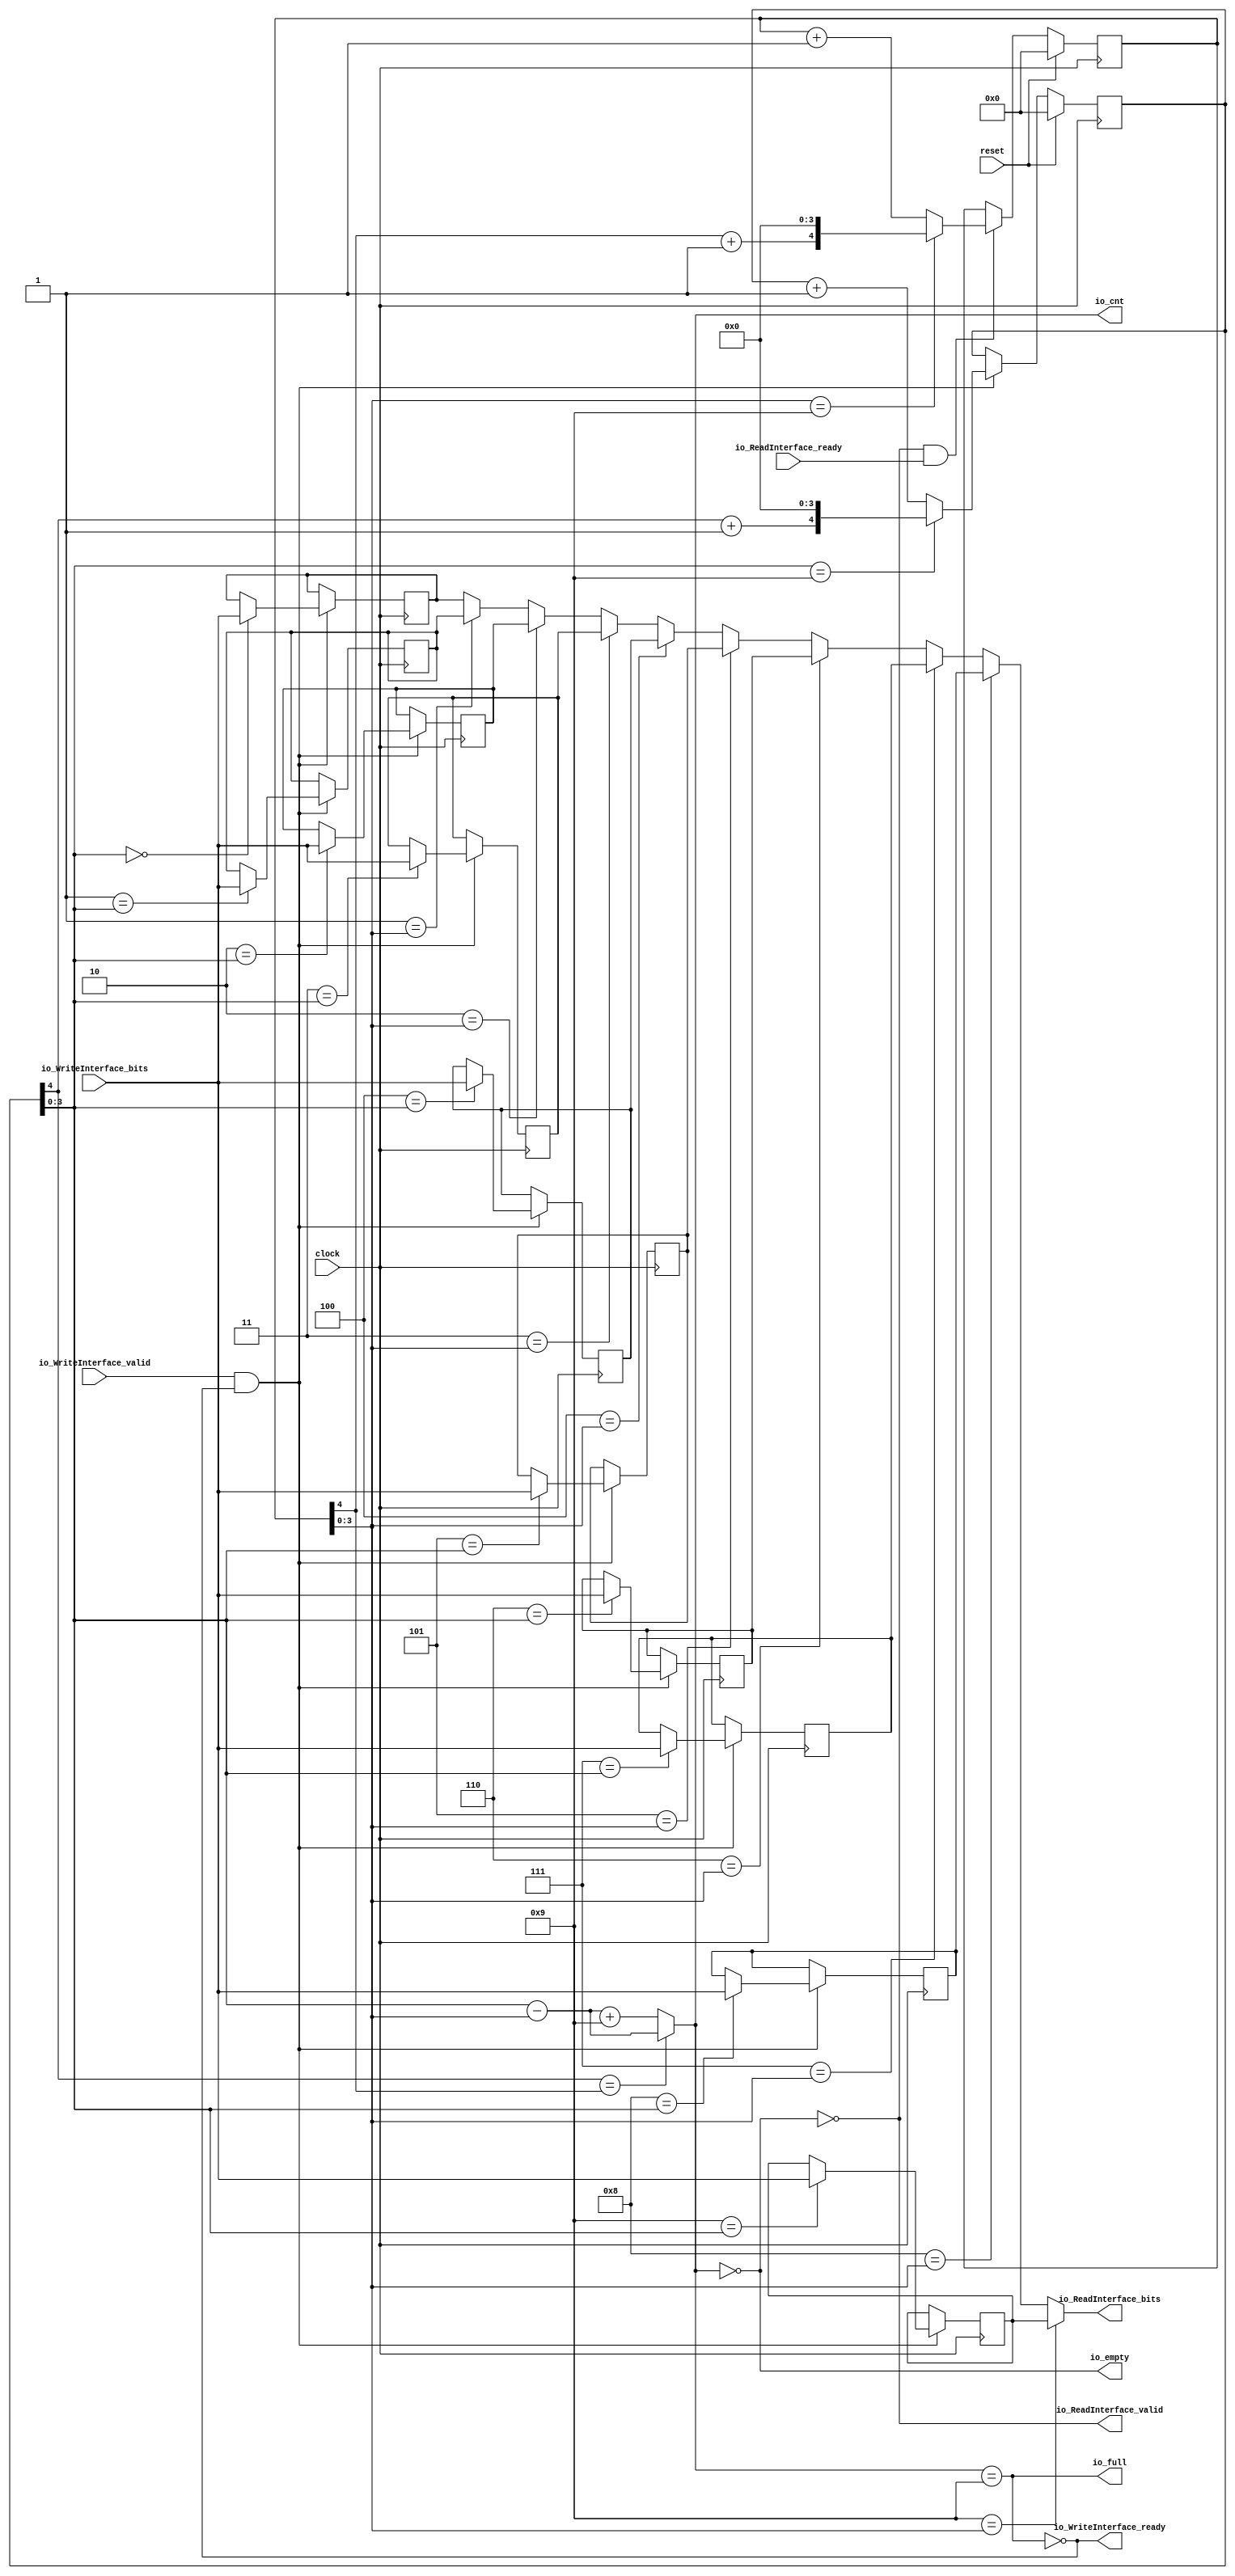
module syncFifo(
  input        clock,
  input        reset,
  output       io_WriteInterface_ready,
  input        io_WriteInterface_valid,
  input  [7:0] io_WriteInterface_bits,
  input        io_ReadInterface_ready,
  output       io_ReadInterface_valid,
  output [7:0] io_ReadInterface_bits,
  output       io_full,
  output       io_empty,
  output [3:0] io_cnt
);
`ifdef RANDOMIZE_REG_INIT
  reg [31:0] _RAND_0;
  reg [31:0] _RAND_1;
  reg [31:0] _RAND_2;
  reg [31:0] _RAND_3;
  reg [31:0] _RAND_4;
  reg [31:0] _RAND_5;
  reg [31:0] _RAND_6;
  reg [31:0] _RAND_7;
  reg [31:0] _RAND_8;
  reg [31:0] _RAND_9;
  reg [31:0] _RAND_10;
  reg [31:0] _RAND_11;
`endif // RANDOMIZE_REG_INIT
  reg [7:0] memReg_0; // @[skid_buffer.scala 95:24]
  reg [7:0] memReg_1; // @[skid_buffer.scala 95:24]
  reg [7:0] memReg_2; // @[skid_buffer.scala 95:24]
  reg [7:0] memReg_3; // @[skid_buffer.scala 95:24]
  reg [7:0] memReg_4; // @[skid_buffer.scala 95:24]
  reg [7:0] memReg_5; // @[skid_buffer.scala 95:24]
  reg [7:0] memReg_6; // @[skid_buffer.scala 95:24]
  reg [7:0] memReg_7; // @[skid_buffer.scala 95:24]
  reg [7:0] memReg_8; // @[skid_buffer.scala 95:24]
  reg [7:0] memReg_9; // @[skid_buffer.scala 95:24]
  wire  wen = io_WriteInterface_valid & io_WriteInterface_ready; // @[skid_buffer.scala 98:45]
  wire  ren = io_ReadInterface_valid & io_ReadInterface_ready; // @[skid_buffer.scala 99:45]
  reg [4:0] wrptr; // @[skid_buffer.scala 82:29]
  wire  _wrptr_cntReg_T_2 = wrptr[4] + 1'h1; // @[skid_buffer.scala 85:49]
  wire [4:0] _wrptr_cntReg_T_3 = {_wrptr_cntReg_T_2,4'h0}; // @[Cat.scala 31:58]
  wire [4:0] _wrptr_cntReg_T_5 = wrptr + 5'h1; // @[skid_buffer.scala 87:34]
  reg [4:0] rdptr; // @[skid_buffer.scala 82:29]
  wire  _rdptr_cntReg_T_2 = rdptr[4] + 1'h1; // @[skid_buffer.scala 85:49]
  wire [4:0] _rdptr_cntReg_T_3 = {_rdptr_cntReg_T_2,4'h0}; // @[Cat.scala 31:58]
  wire [4:0] _rdptr_cntReg_T_5 = rdptr + 5'h1; // @[skid_buffer.scala 87:34]
  wire [3:0] _io_cnt_T_6 = wrptr[3:0] - rdptr[3:0]; // @[skid_buffer.scala 103:44]
  wire [3:0] _io_cnt_T_12 = _io_cnt_T_6 + 4'h9; // @[skid_buffer.scala 104:64]
  wire [7:0] _GEN_25 = 4'h1 == rdptr[3:0] ? memReg_1 : memReg_0; // @[skid_buffer.scala 114:{27,27}]
  wire [7:0] _GEN_26 = 4'h2 == rdptr[3:0] ? memReg_2 : _GEN_25; // @[skid_buffer.scala 114:{27,27}]
  wire [7:0] _GEN_27 = 4'h3 == rdptr[3:0] ? memReg_3 : _GEN_26; // @[skid_buffer.scala 114:{27,27}]
  wire [7:0] _GEN_28 = 4'h4 == rdptr[3:0] ? memReg_4 : _GEN_27; // @[skid_buffer.scala 114:{27,27}]
  wire [7:0] _GEN_29 = 4'h5 == rdptr[3:0] ? memReg_5 : _GEN_28; // @[skid_buffer.scala 114:{27,27}]
  wire [7:0] _GEN_30 = 4'h6 == rdptr[3:0] ? memReg_6 : _GEN_29; // @[skid_buffer.scala 114:{27,27}]
  wire [7:0] _GEN_31 = 4'h7 == rdptr[3:0] ? memReg_7 : _GEN_30; // @[skid_buffer.scala 114:{27,27}]
  wire [7:0] _GEN_32 = 4'h8 == rdptr[3:0] ? memReg_8 : _GEN_31; // @[skid_buffer.scala 114:{27,27}]
  assign io_WriteInterface_ready = ~io_full; // @[skid_buffer.scala 106:32]
  assign io_ReadInterface_valid = ~io_empty; // @[skid_buffer.scala 107:32]
  assign io_ReadInterface_bits = 4'h9 == rdptr[3:0] ? memReg_9 : _GEN_32; // @[skid_buffer.scala 114:{27,27}]
  assign io_full = io_cnt == 4'h9; // @[skid_buffer.scala 93:29]
  assign io_empty = io_cnt == 4'h0; // @[skid_buffer.scala 94:29]
  assign io_cnt = wrptr[4] == rdptr[4] ? _io_cnt_T_6 : _io_cnt_T_12; // @[skid_buffer.scala 102:25]
  always @(posedge clock) begin
    if (wen) begin // @[skid_buffer.scala 110:14]
      if (4'h0 == wrptr[3:0]) begin // @[skid_buffer.scala 111:23]
        memReg_0 <= io_WriteInterface_bits; // @[skid_buffer.scala 111:23]
      end
    end
    if (wen) begin // @[skid_buffer.scala 110:14]
      if (4'h1 == wrptr[3:0]) begin // @[skid_buffer.scala 111:23]
        memReg_1 <= io_WriteInterface_bits; // @[skid_buffer.scala 111:23]
      end
    end
    if (wen) begin // @[skid_buffer.scala 110:14]
      if (4'h2 == wrptr[3:0]) begin // @[skid_buffer.scala 111:23]
        memReg_2 <= io_WriteInterface_bits; // @[skid_buffer.scala 111:23]
      end
    end
    if (wen) begin // @[skid_buffer.scala 110:14]
      if (4'h3 == wrptr[3:0]) begin // @[skid_buffer.scala 111:23]
        memReg_3 <= io_WriteInterface_bits; // @[skid_buffer.scala 111:23]
      end
    end
    if (wen) begin // @[skid_buffer.scala 110:14]
      if (4'h4 == wrptr[3:0]) begin // @[skid_buffer.scala 111:23]
        memReg_4 <= io_WriteInterface_bits; // @[skid_buffer.scala 111:23]
      end
    end
    if (wen) begin // @[skid_buffer.scala 110:14]
      if (4'h5 == wrptr[3:0]) begin // @[skid_buffer.scala 111:23]
        memReg_5 <= io_WriteInterface_bits; // @[skid_buffer.scala 111:23]
      end
    end
    if (wen) begin // @[skid_buffer.scala 110:14]
      if (4'h6 == wrptr[3:0]) begin // @[skid_buffer.scala 111:23]
        memReg_6 <= io_WriteInterface_bits; // @[skid_buffer.scala 111:23]
      end
    end
    if (wen) begin // @[skid_buffer.scala 110:14]
      if (4'h7 == wrptr[3:0]) begin // @[skid_buffer.scala 111:23]
        memReg_7 <= io_WriteInterface_bits; // @[skid_buffer.scala 111:23]
      end
    end
    if (wen) begin // @[skid_buffer.scala 110:14]
      if (4'h8 == wrptr[3:0]) begin // @[skid_buffer.scala 111:23]
        memReg_8 <= io_WriteInterface_bits; // @[skid_buffer.scala 111:23]
      end
    end
    if (wen) begin // @[skid_buffer.scala 110:14]
      if (4'h9 == wrptr[3:0]) begin // @[skid_buffer.scala 111:23]
        memReg_9 <= io_WriteInterface_bits; // @[skid_buffer.scala 111:23]
      end
    end
    if (reset) begin // @[skid_buffer.scala 82:29]
      wrptr <= 5'h0; // @[skid_buffer.scala 82:29]
    end else if (wen) begin // @[skid_buffer.scala 83:17]
      if (wrptr[3:0] == 4'h9) begin // @[skid_buffer.scala 84:54]
        wrptr <= _wrptr_cntReg_T_3; // @[skid_buffer.scala 85:24]
      end else begin
        wrptr <= _wrptr_cntReg_T_5; // @[skid_buffer.scala 87:24]
      end
    end
    if (reset) begin // @[skid_buffer.scala 82:29]
      rdptr <= 5'h0; // @[skid_buffer.scala 82:29]
    end else if (ren) begin // @[skid_buffer.scala 83:17]
      if (rdptr[3:0] == 4'h9) begin // @[skid_buffer.scala 84:54]
        rdptr <= _rdptr_cntReg_T_3; // @[skid_buffer.scala 85:24]
      end else begin
        rdptr <= _rdptr_cntReg_T_5; // @[skid_buffer.scala 87:24]
      end
    end
  end
// Register and memory initialization
`ifdef RANDOMIZE_GARBAGE_ASSIGN
`define RANDOMIZE
`endif
`ifdef RANDOMIZE_INVALID_ASSIGN
`define RANDOMIZE
`endif
`ifdef RANDOMIZE_REG_INIT
`define RANDOMIZE
`endif
`ifdef RANDOMIZE_MEM_INIT
`define RANDOMIZE
`endif
`ifndef RANDOM
`define RANDOM $random
`endif
`ifdef RANDOMIZE_MEM_INIT
  integer initvar;
`endif
`ifndef SYNTHESIS
`ifdef FIRRTL_BEFORE_INITIAL
`FIRRTL_BEFORE_INITIAL
`endif
initial begin
  `ifdef RANDOMIZE
    `ifdef INIT_RANDOM
      `INIT_RANDOM
    `endif
    `ifndef VERILATOR
      `ifdef RANDOMIZE_DELAY
        #`RANDOMIZE_DELAY begin end
      `else
        #0.002 begin end
      `endif
    `endif
`ifdef RANDOMIZE_REG_INIT
  _RAND_0 = {1{`RANDOM}};
  memReg_0 = _RAND_0[7:0];
  _RAND_1 = {1{`RANDOM}};
  memReg_1 = _RAND_1[7:0];
  _RAND_2 = {1{`RANDOM}};
  memReg_2 = _RAND_2[7:0];
  _RAND_3 = {1{`RANDOM}};
  memReg_3 = _RAND_3[7:0];
  _RAND_4 = {1{`RANDOM}};
  memReg_4 = _RAND_4[7:0];
  _RAND_5 = {1{`RANDOM}};
  memReg_5 = _RAND_5[7:0];
  _RAND_6 = {1{`RANDOM}};
  memReg_6 = _RAND_6[7:0];
  _RAND_7 = {1{`RANDOM}};
  memReg_7 = _RAND_7[7:0];
  _RAND_8 = {1{`RANDOM}};
  memReg_8 = _RAND_8[7:0];
  _RAND_9 = {1{`RANDOM}};
  memReg_9 = _RAND_9[7:0];
  _RAND_10 = {1{`RANDOM}};
  wrptr = _RAND_10[4:0];
  _RAND_11 = {1{`RANDOM}};
  rdptr = _RAND_11[4:0];
`endif // RANDOMIZE_REG_INIT
  `endif // RANDOMIZE
end // initial
`ifdef FIRRTL_AFTER_INITIAL
`FIRRTL_AFTER_INITIAL
`endif
`endif // SYNTHESIS
endmodule